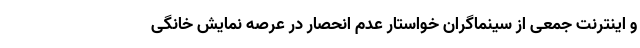
و اینترنت جمعی از سینماگران خواستار عدم انحصار در عرصه نمایش خانگی